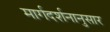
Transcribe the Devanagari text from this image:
मार्गदर्शनानुसार